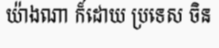
យ៉ាងណា ក៏ដោយ ប្រទេស ចិន